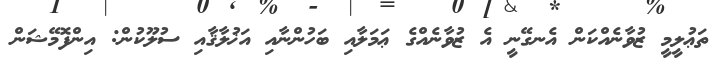
ތަޢުލީމީ ޒުވާނެއްކަން އެނގޭނީ އެ ޒުވާނެއްގެ ޢަމަލާއި ބަހުންނާއި އަޚުލާޤާއި ސުލޫކުން: އިންފޮމޭޝަން